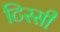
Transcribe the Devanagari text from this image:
टिस्सी